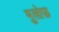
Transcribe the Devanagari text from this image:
मुलोफ़